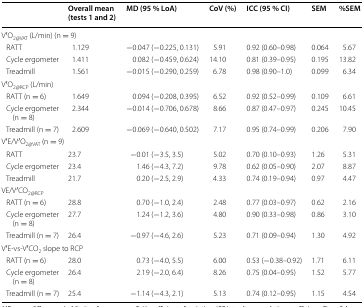
<table><thead><tr><td></td><td><b>Overall mean (tests 1 and 2)</b></td><td><b>MD (95 % LoA)</b></td><td><b>CoV (%)</b></td><td><b>ICC (95 % CI)</b></td><td><b>SEM</b></td><td><b>%SEM</b></td></tr></thead><tbody><tr><td colspan="7">V′O<sub>2@VAT</sub> (L/min) (n = 9)</td></tr><tr><td> RATT</td><td>1.129</td><td>−0.047 (−0.225, 0.131)</td><td>5.91</td><td>0.92 (0.60–0.98)</td><td>0.064</td><td>5.67</td></tr><tr><td> Cycle ergometer</td><td>1.411</td><td>0.082 (−0.459, 0.624)</td><td>14.10</td><td>0.81 (0.39–0.95)</td><td>0.195</td><td>13.82</td></tr><tr><td> Treadmill</td><td>1.561</td><td>−0.015 (−0.290, 0.259)</td><td>6.78</td><td>0.98 (0.90–1.0)</td><td>0.099</td><td>6.34</td></tr><tr><td colspan="6">V′O<sub>2@RCP</sub> (L/min)</td><td></td></tr><tr><td> RATT (n = 6)</td><td>1.649</td><td>0.094 (−0.208, 0.395)</td><td>6.52</td><td>0.92 (0.52–0.99)</td><td>0.109</td><td>6.61</td></tr><tr><td> Cycle ergometer (n = 8)</td><td>2.344</td><td>−0.014 (−0.706, 0.678)</td><td>8.66</td><td>0.87 (0.47–0.97)</td><td>0.245</td><td>10.45</td></tr><tr><td> Treadmill (n = 7)</td><td>2.609</td><td>−0.069 (−0.640, 0.502)</td><td>7.17</td><td>0.95 (0.74–0.99)</td><td>0.206</td><td>7.90</td></tr><tr><td colspan="7">V′E/V′O<sub>2@VAT</sub> (n = 9)</td></tr><tr><td> RATT</td><td>23.7</td><td>−0.01 (−3.5, 3.5)</td><td>5.02</td><td>0.70 (0.10–0.93)</td><td>1.26</td><td>5.31</td></tr><tr><td> Cycle ergometer</td><td>23.4</td><td>1.46 (−4.3, 7.2)</td><td>9.78</td><td>0.62 (0.05–0.90)</td><td>2.07</td><td>8.87</td></tr><tr><td> Treadmill</td><td>21.7</td><td>0.20 (−2.5, 2.9)</td><td>4.33</td><td>0.74 (0.19–0.94)</td><td>0.97</td><td>4.47</td></tr><tr><td colspan="7">VE/V′CO<sub>2@RCP</sub></td></tr><tr><td> RATT (n = 6)</td><td>28.8</td><td>0.70 (−1.0, 2.4)</td><td>2.48</td><td>0.77 (0.03–0.97)</td><td>0.62</td><td>2.16</td></tr><tr><td> Cycle ergometer (n = 8)</td><td>27.7</td><td>1.24 (−1.2, 3.6)</td><td>4.80</td><td>0.90 (0.33–0.98)</td><td>0.86</td><td>3.10</td></tr><tr><td> Treadmill (n = 7)</td><td>26.4</td><td>−0.97 (−4.6, 2.6)</td><td>5.23</td><td>0.71 (0.09–0.94)</td><td>1.30</td><td>4.92</td></tr><tr><td colspan="7">V′E-vs-V′CO<sub>2</sub> slope to RCP</td></tr><tr><td> RATT (n = 6)</td><td>28.0</td><td>0.73 (−4.0, 5.5)</td><td>6.00</td><td>0.53 (−0.38–0.92)</td><td>1.71</td><td>6.11</td></tr><tr><td> Cycle ergometer (n = 8)</td><td>26.4</td><td>2.19 (−2.0, 6.4)</td><td>8.26</td><td>0.75 (0.04–0.95)</td><td>1.52</td><td>5.77</td></tr><tr><td> Treadmill (n = 7)</td><td>25.4</td><td>−1.14 (−4.3, 2.1)</td><td>5.13</td><td>0.74 (0.12–0.95)</td><td>1.15</td><td>4.54</td></tr></tbody></table>